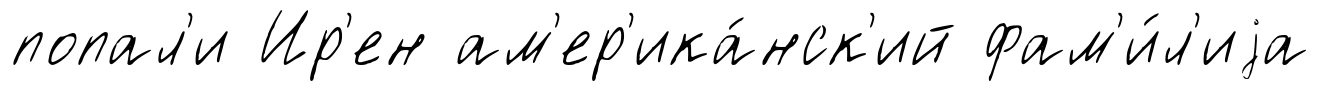
попал'и Ир'ен ам'ер'ика́нск'ий фам'и́л'иjа